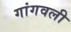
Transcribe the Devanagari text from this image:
गांगवली